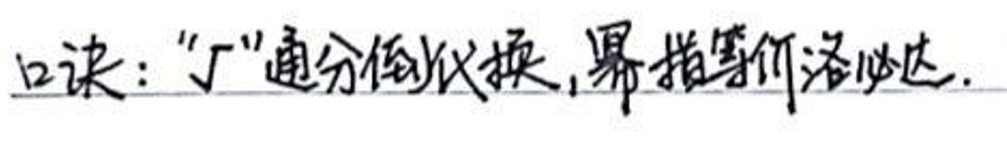
口诀：“丁”通分倍积换，幂指弦洛必达。